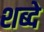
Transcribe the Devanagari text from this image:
शब्दे